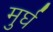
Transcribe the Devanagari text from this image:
मुर्घ